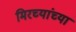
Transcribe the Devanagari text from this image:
मिरच्यांच्या